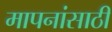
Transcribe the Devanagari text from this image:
मापनांसाठी